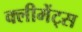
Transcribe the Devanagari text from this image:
क्लीमेंट्स